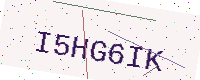
Text: I5HG6IK